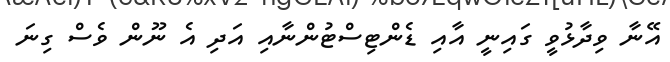
އޭނާ ވިދާޅުވީ ގައިނީ އާއި ޑެންޓިސްޓުންނާއި އަދި އެ ނޫން ވެސް ގިނަ